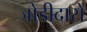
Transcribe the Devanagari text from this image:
जोडीदारों